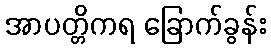
အာပတ္တိကရ ခြောက်ခွန်း